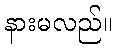
နားမလည်။